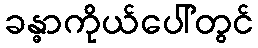
ခန္ဓာကိုယ်ပေါ်တွင်